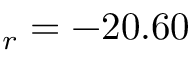
_ { r } = - 2 0 . 6 0